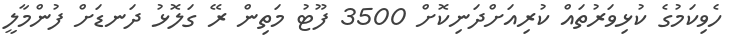
ހެވިކަމުގެ ކުޅިވަރުތައް ކުރިއަށްދަނިކޮށް 3500 ފޫޓު މަތިން ރޭ ގަލޮޅު ދަނޑަށް ފުންމާލީ